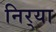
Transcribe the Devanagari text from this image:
निर्‍या